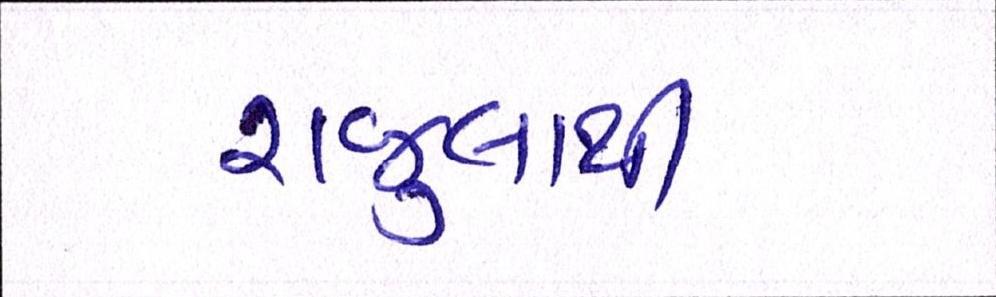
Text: રાજુલાથી